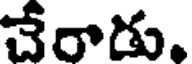
చేరాడు.